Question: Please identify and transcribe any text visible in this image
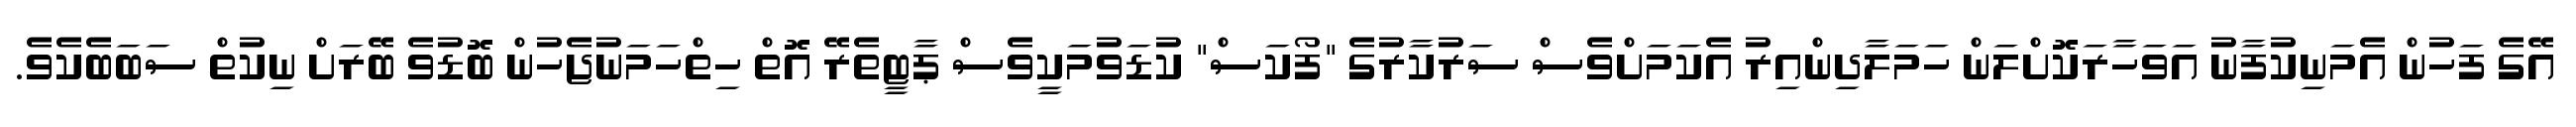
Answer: އޭގެ ފަހުން އެމަނިކުފާނު އަވަހާރަކޮށްލަން ހަމަލާދިންއިރު އެކަމަށްވެސް ސަރުކާރުގެ "ފޯކަސް" ކުޑަވުމަކީވެސް ޕާޓީތެރޭ އޮތް ހިތްހަމަނުޖެހުން ބޮޑުވެ ބޭރަށް ނިކުތް ސަބަބެކެވެ.